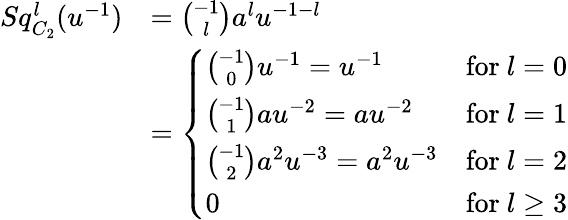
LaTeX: \begin{array}{rl}{Sq_{C_{2}}^{l}(u^{-1})}&{=\binom{-1}{l}a^{l}u^{-1-l}}\\ &{=\left\{ \begin{array}{ll}{\binom{-1}{0}u^{-1}=u^{-1}}&{\mathrm{for}\ l=0}\\ {\binom{-1}{1}au^{-2}=au^{-2}}&{\mathrm{for}\ l=1}\\ {\binom{-1}{2}a^{2}u^{-3}=a^{2}u^{-3}}&{\mathrm{for}\ l=2}\\ {0}&{\mathrm{for}\ l\geq 3}\end{array}\right.}\end{array}